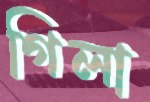
গিলা